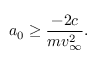
a _ { 0 } \ge \frac { - 2 c } { m v _ { \infty } ^ { 2 } } .